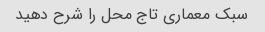
سبک معماری تاج محل را شرح دهید